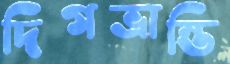
দিগভ্রান্তি